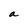
Character: a